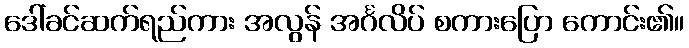
ဒေါ်ခင်ဆက်ရည်ကား အလွန် အင်္ဂလိပ် စကားပြော ကောင်း၏။